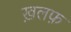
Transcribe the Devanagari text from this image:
ख़लफ़